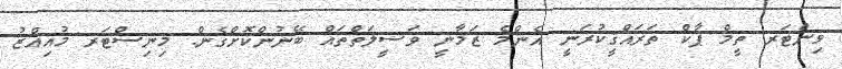
ވިންޓަރ ތީމް ޕާކް ތަރައްޤީކުރަނީ އެންމެ ޒަމާނީ ވަސީލަތްތައް ބޭނުންކޮށްގެން: މިނިސްޓަރ މުއިއްޒު